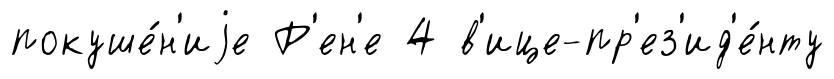
покуше́н'иjе Р'ен'е 4 в'ице-пр'ез'ид'е́нту